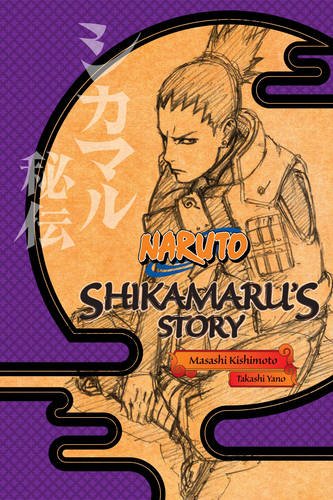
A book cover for Naruto: Shikamaru's Story; Takashi Yano; Comics & Graphic Novels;